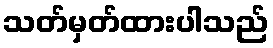
သတ်မှတ်ထားပါသည်